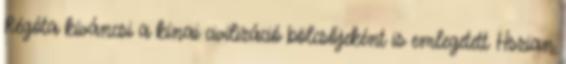
Régóta kíváncsi a kínai civilizáció bölcsőjeként is emlegetett Hszian